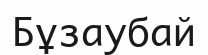
Бұзаубай